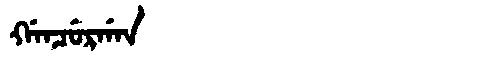
Manchu: ᡤᠠᠨᠴᡠᡵᡤᠠᠨ
Romanization: GANCURGAN